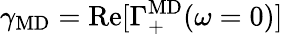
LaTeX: \gamma_{\mathrm{MD}}=\mathrm{Re}[\Gamma_{+}^{\mathrm{MD}}(\omega=0)]